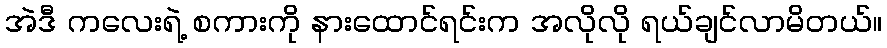
အဲဒီ ကလေးရဲ့ စကားကို နားထောင်ရင်းက အလိုလို ရယ်ချင်လာမိတယ်။